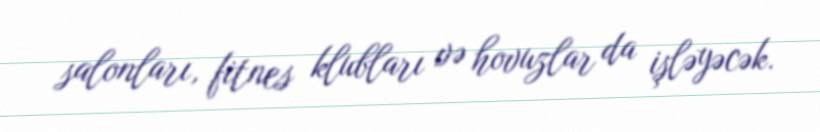
salonları, fitnes klubları və hovuzlar da işləyəcək.